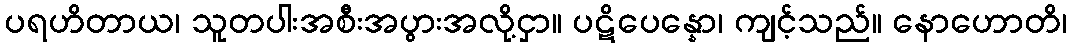
ပရဟိတာယ၊ သူတပါးအစီးအပွားအလို့ငှာ။ ပဋိပေန္နော၊ ကျင့်သည်။ နောဟောတိ၊